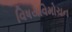
વિષયવિમોચન